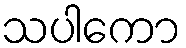
သပါကော